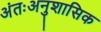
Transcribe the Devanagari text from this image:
अंतःअनुशासिक